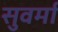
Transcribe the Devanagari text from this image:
सुवर्मा